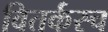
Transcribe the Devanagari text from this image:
वितर्कस्च